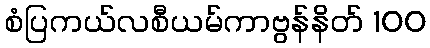
စံပြကယ်လစီယမ်ကာဗွန်နိတ် 100